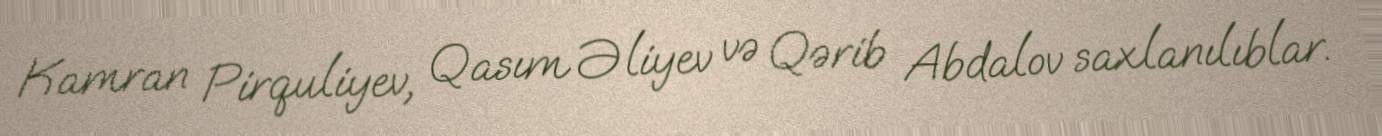
Kamran Pirquliyev, Qasım Əliyev və Qərib Abdalov saxlanılıblar.